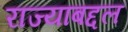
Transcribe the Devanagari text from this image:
राज्याबद्दल